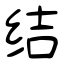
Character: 结